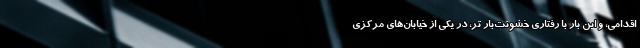
اقدامی، و این بار با رفتاری خشونت‌بار تر، در یکی از خیابان‌های مرکزی